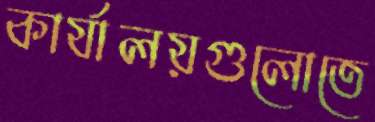
কার্যালয়গুলোতে